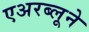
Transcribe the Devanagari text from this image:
एअरब्लूने